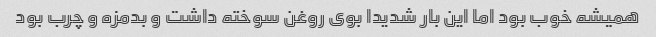
همیشه خوب بود اما این بار شدیدا بوی روغن سوخته داشت و بدمزه و چرب بود